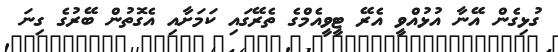
ގުޅިގެން އޭނާ އުޅުއްވީ އެރޭ ޓީވީއެމްގެ ތެރޭގައި ކަމަށާއި އެގޮތުން ބޭރުގެ ގިނަ